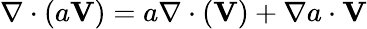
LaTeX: \nabla\cdot(a\mathbf{V})=a\nabla\cdot(\mathbf{V})+\nabla a\cdot\mathbf{V}